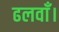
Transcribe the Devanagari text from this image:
ढलवाँ।